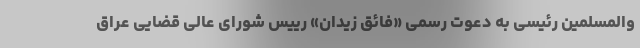
والمسلمین رئیسی به دعوت رسمی «فائق زیدان» رییس شورای عالی قضایی عراق